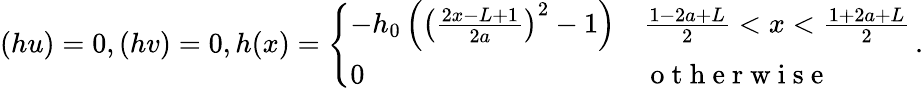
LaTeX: (hu)=0,(hv)=0,h(x)=\left\{ \begin{array}{ll}{-h_{0}\left(\left(\frac{2x-L+1}{2a}\right)^{2}-1\right)}&{\frac{1-2a+L}{2}<x<\frac{1+2a+L}{2}}\\ {0}&{\mathrm{~o~t~h~e~r~w~i~s~e~}}\end{array}\right.\, .